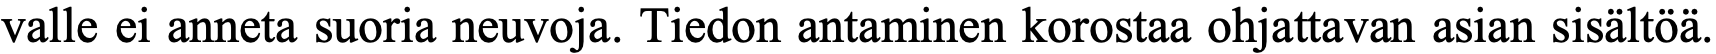
valle ei anneta suoria neuvoja. Tiedon antaminen korostaa ohjattavan asian sisältöä.